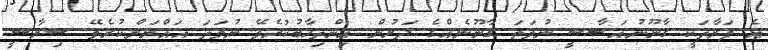
އެ ފަރާތަކީ ގާނޫނުއަސާސީ ނުވަތަ ގާނޫނެއްގެ ދަށުން އިންތިހާބުކުރެވޭ ނުވަތަ އައްޔަންކުރެވޭ ސިޔާސީ